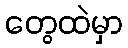
တွေထဲမှာ